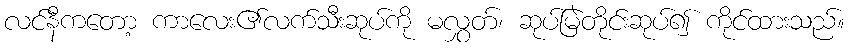
လင်နီကတော့ ကာလေး၏လက်သီးဆုပ်ကို မလွှတ်၊ ဆုပ်မြဲတိုင်းဆုပ်၍ ကိုင်ထားသည်။